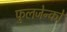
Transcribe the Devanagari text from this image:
फुलजेन्को